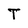
Character: T